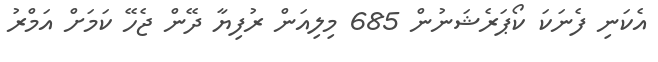
އެކަނި ފެނަކަ ކޯޕަރެޝަނުން 685 މިލިއަން ރުފިޔާ ދޭން ޖެހޭ ކަމަށް އަމްރު